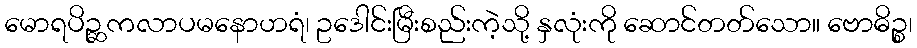
မောရပိဉ္ဆကလာပမနောဟရံ၊ ဥဒေါင်းမြီးစည်းကဲ့သို့ နှလုံးကို ဆောင်တတ်သော။ ဗောဓိဉ္စ၊